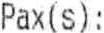
PAX(S):